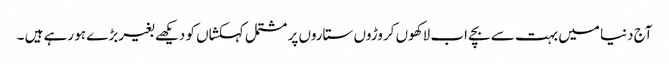
آج دنیا میں بہت سے بچے اب لاکھوں کروڑوں ستاروں پر مشتمل کہکشاں کو دیکھے بغیر بڑے ہو رہے ہیں ۔